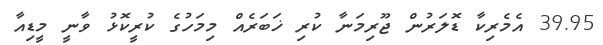
39.95 އެމެރިކާ ޑޮލަރުން ޖޫރިމަނާ ކުރި ޚަބަރެއް މިމަހުގެ ކުރީކޮޅު ވާނީ މީޑިއާ